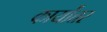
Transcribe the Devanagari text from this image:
कार्योत्तर